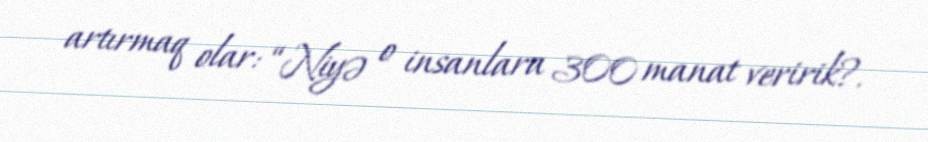
artırmaq olar: “Niyə o insanlara 300 manat veririk?.